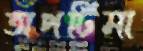
অপটিমা